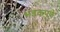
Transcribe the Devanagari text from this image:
भडकपणे